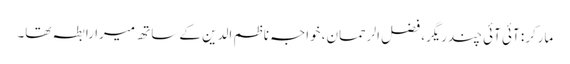
مارکر: آئی آئی چندریگر، فضل الرحمان، خواجہ ناظم الدین کے ساتھ میرا رابطہ تھا۔